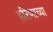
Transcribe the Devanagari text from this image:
हरिणाच्या